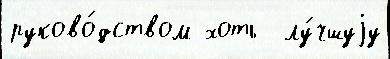
руково́дством хоть  лу́чшуjу